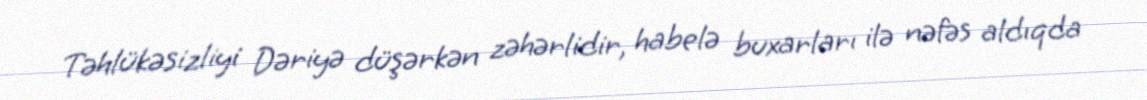
Təhlükəsizliyi Dəriyə düşərkən zəhərlidir, habelə buxarları ilə nəfəs aldıqda